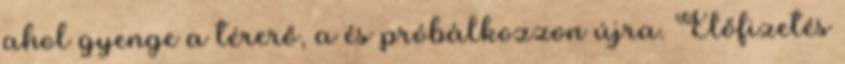
ahol gyenge a térerő, a és próbálkozzon újra. Előfizetés